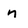
Character: n